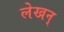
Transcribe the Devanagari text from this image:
लेखन्